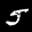
Label: 5